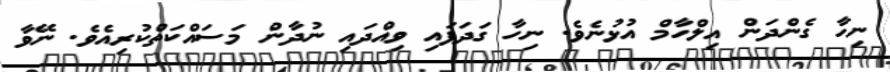
ނިހާ ގެންދަން އިލްހާމް އުޅުނެވެ. ނިހާ ގަދަފައި ވިއްދައި ނުދާން މަސައްކަތްކުރިއެވެ. ނޭވާ